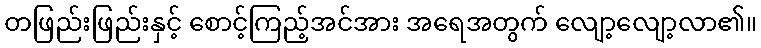
တဖြည်းဖြည်းနှင့် စောင့်ကြည့်အင်အား အရေအတွက် လျော့လျော့လာ၏။